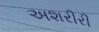
અશરીરી